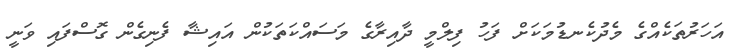
އަހަރުތަކެއްގެ މެދުކެނޑުމަކަށް ފަހު ފިލްމީ ދާއިރާގެ މަސައްކަތަކުން އައިޝާ ފެނިގެން ގޮސްފައި ވަނީ